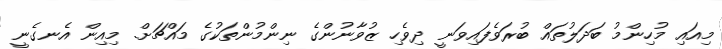
މިއައި މުހިންމު ބަދަލުތައް ބުރަވެފައިވަނީ ދިވެހި ޒުވާނުންގެ ނިންމުންތަކުގެ މައްޗަށް. މިއިން އެނގެނީ